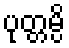
ပုတ္တမ္ပိ